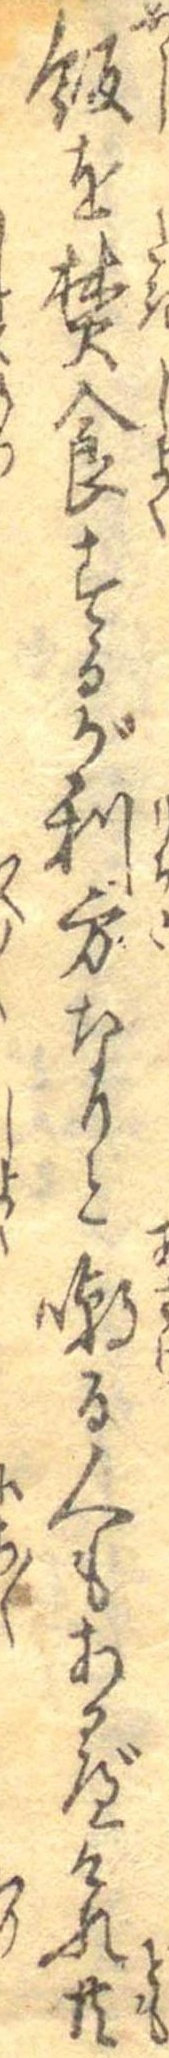
飯を焚食するが利方なりと嘲る人もあるべけれ共